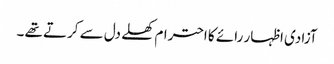
آزادی اظہار رائے کا احترام کھلے دل سے کرتے تھے ۔